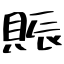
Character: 賑